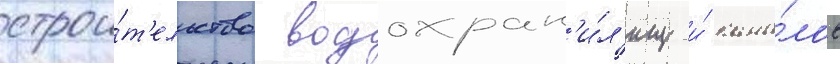
строи́т'ельство водохран'и́л'ищ и́ кана́лов